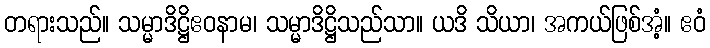
တရားသည်။ သမ္မာဒိဋ္ဌိဧဝနာမ၊ သမ္မာဒိဋ္ဌိသည်သာ။ ယဒိ သိယာ၊ အကယ်ဖြစ်အံ့။ ဧဝံ